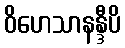
ဝိဟေသာနန္ဒီပိ